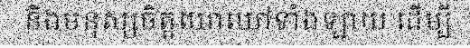
និងមនុស្សចិត្តឃោឃៅទាំងឡាយ ដើម្បី